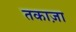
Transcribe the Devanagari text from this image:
तकाज़ा